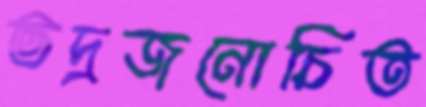
ভদ্রজনোচিত